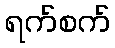
ရက်စက်